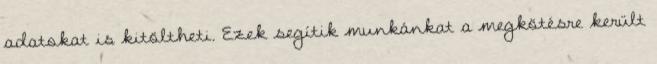
adatokat is kitöltheti. Ezek segítik munkánkat a megkötésre került